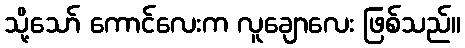
သို့သော် ကောင်လေးက လူချောလေး ဖြစ်သည်။